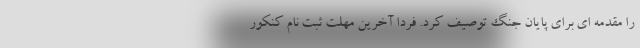
را مقدمه ای برای پایان جنگ توصیف کرد. فردا آخرین مهلت ثبت نام کنکور